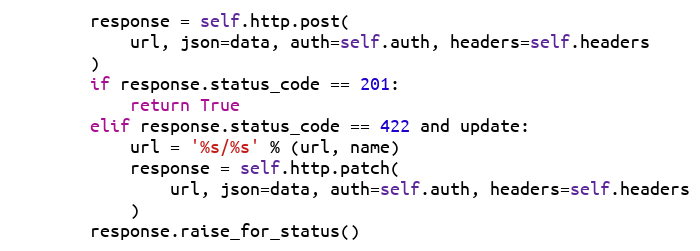
Language: Python
        response = self.http.post(
            url, json=data, auth=self.auth, headers=self.headers
        )
        if response.status_code == 201:
            return True
        elif response.status_code == 422 and update:
            url = '%s/%s' % (url, name)
            response = self.http.patch(
                url, json=data, auth=self.auth, headers=self.headers
            )
        response.raise_for_status()